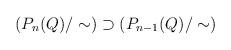
LaTeX: \begin{align*}\left( P_n(Q)/\sim \right) \supset \left( P_{n-1}(Q)/\sim \right)\end{align*}